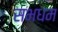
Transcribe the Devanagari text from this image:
सभधम